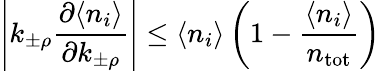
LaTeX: \left|k_{\pm\rho}\frac{\partial\langle n_{i}\rangle}{\partial k_{\pm\rho}}\right|\le\langle n_{i}\rangle\left(1-\frac{\langle n_{i}\rangle}{n_{\mathrm{tot}}}\right)